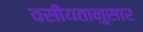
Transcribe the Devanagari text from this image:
वसीयतानुसार